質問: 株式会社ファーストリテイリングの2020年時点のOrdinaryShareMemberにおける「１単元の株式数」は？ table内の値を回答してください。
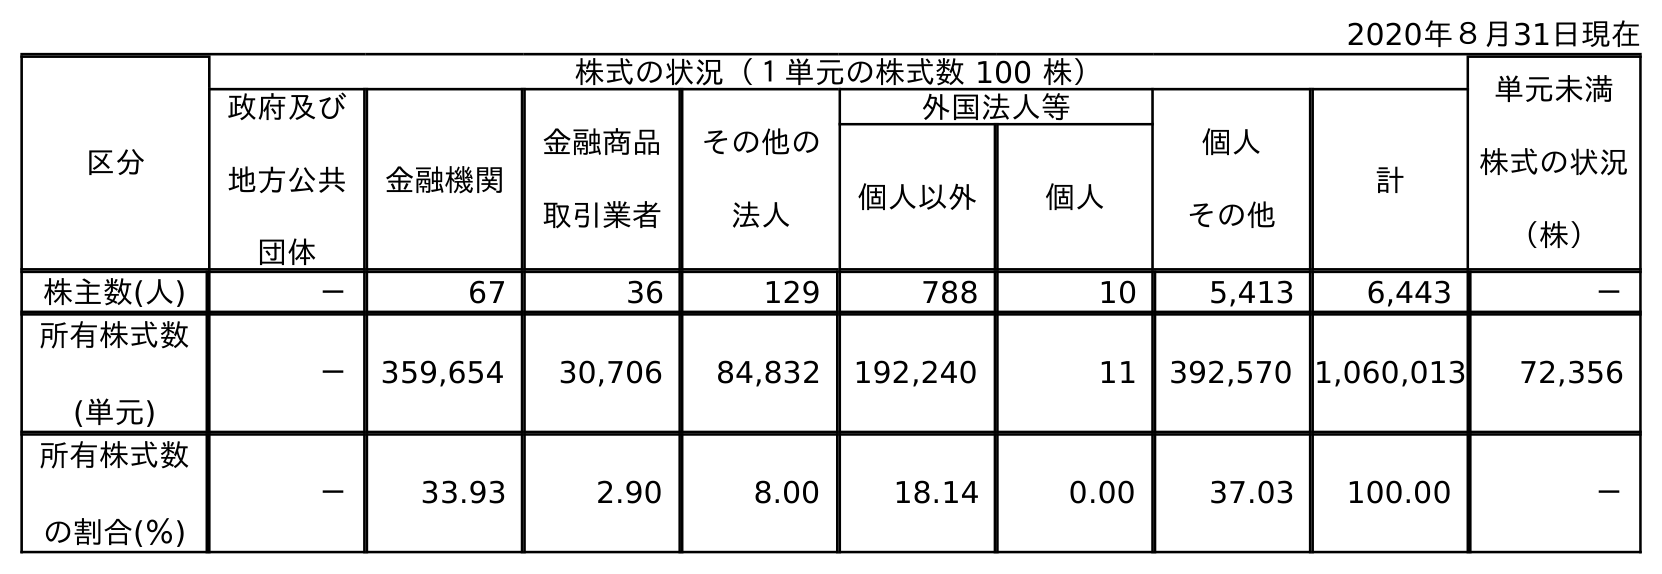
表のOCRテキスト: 2020年８月31日現在 区分 株式の状況（１単元の株式数 100 株） 単元未満 株式の状況 （株） 政府及び 地方公共 団体 金融機関 金融商品 取引業者 その他の 法人 外国法人等 個人 その他 計 個人以外 個人 株主数(人) － 67 36 129 788 10 5,413 6,443 － 所有株式数 (単元) － 359,654 30,706 84,832 192,240 11 392,570 1,060,013 72,356 所有株式数 の割合(％) － 33.93 2.90 8.00 18.14 0.00 37.03 100.00 －
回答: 株式の状況（１単元の株式数100株）